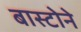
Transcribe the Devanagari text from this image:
बास्टोने